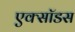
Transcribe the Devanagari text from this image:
एक्सॉडस